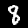
Digit: 8